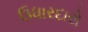
ઉધારદારો